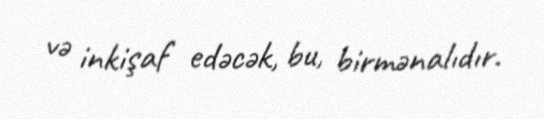
və inkişaf edəcək, bu, birmənalıdır.